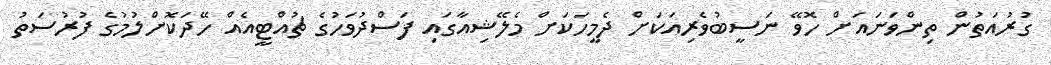
ގުރުއަތުން ތިންވަނައަށް ހޮވޭ ނަސީބުވެރިއަކަށް ދެމީހަކަށް މެލޭޝިއާގައި ފަސްދުވަހުގެ ޗުއްޓީއެއް ހޭދަކޮށްލުމުގެ ފުރުސަތު